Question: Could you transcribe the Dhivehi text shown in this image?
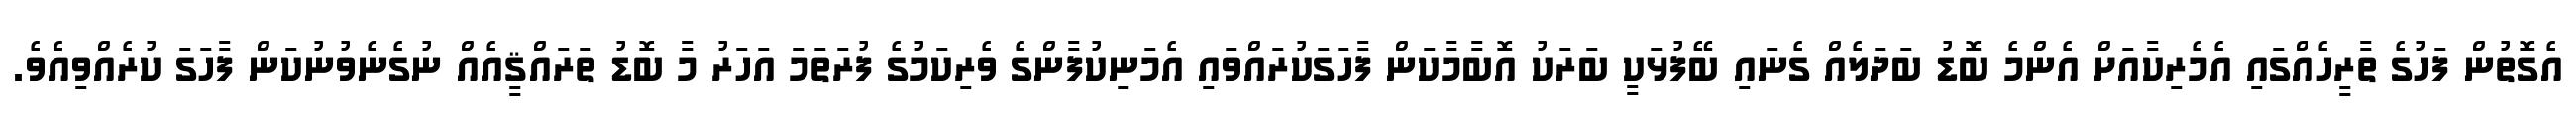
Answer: އެގޮތުން ފަހުގެ ތާރީހެއްގައި އެމެރިކާއަށް އެންމެ ބޮޑު ބަދަލެއް ގެނައި ބޭފުޅަކީ ބަރަކު އޮބާމާކަން ފާހަގަކުރައްވައި އެމަނިކުފާންގެ ވެރިކަމުގެ ފުރަތަމަ އަހަރު މާ ބޮޑު ތަރައްޤީއެއް ނުގެނެވުނުކަން ފާހަގަ ކުރެއްވިއެވެ.